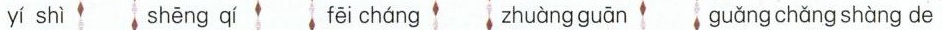
yí shì shēng qí fēi cháng zhuàng guān guǎng chǎng shàng de